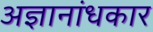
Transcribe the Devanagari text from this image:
अज्ञानांधकार